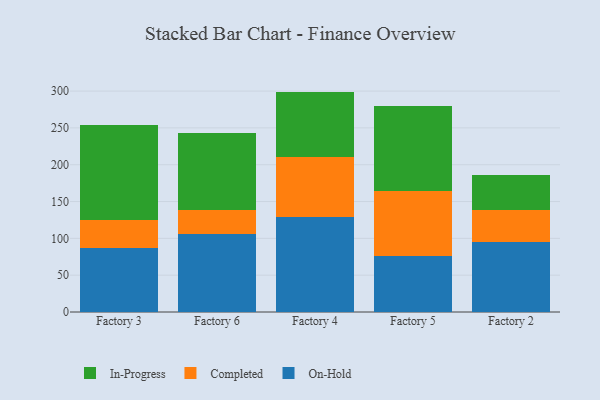
{"axis": {"x": "Factory", "y": "Revenue (USD Million)"}, "legend": ["Completed", "In-Progress", "On-Hold"], "data": [{"x": "Factory 3", "y": 87.4, "type": "On-Hold"}, {"x": "Factory 3", "y": 37.8, "type": "Completed"}, {"x": "Factory 3", "y": 128.6, "type": "In-Progress"}, {"x": "Factory 6", "y": 106.1, "type": "On-Hold"}, {"x": "Factory 6", "y": 32.6, "type": "Completed"}, {"x": "Factory 6", "y": 104.8, "type": "In-Progress"}, {"x": "Factory 4", "y": 128.4, "type": "On-Hold"}, {"x": "Factory 4", "y": 82.7, "type": "Completed"}, {"x": "Factory 4", "y": 88.2, "type": "In-Progress"}, {"x": "Factory 5", "y": 76.6, "type": "On-Hold"}, {"x": "Factory 5", "y": 87.6, "type": "Completed"}, {"x": "Factory 5", "y": 115.9, "type": "In-Progress"}, {"x": "Factory 2", "y": 95.5, "type": "On-Hold"}, {"x": "Factory 2", "y": 43.7, "type": "Completed"}, {"x": "Factory 2", "y": 46.2, "type": "In-Progress"}]}